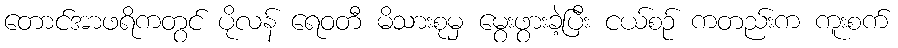
တောင်အာဖရိကတွင် ပိုလန် ရေဝတီ မိသားစုမှ မွေးဖွားခဲ့ပြီး ငယ်စဉ် ကတည်းက ကူးစက်